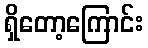
ရှိတော့ကြောင်း